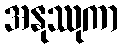
အနုဿုကာ